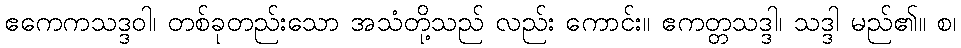
ဧကေကသဒ္ဒဝါ၊ တစ်ခုတည်းသော အသံတို့သည် လည်း ကောင်း။ ဧကတ္တသဒ္ဒါ၊ သဒ္ဒါ မည်၏။ စ၊